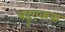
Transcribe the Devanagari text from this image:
बहुएकक